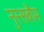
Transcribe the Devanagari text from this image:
नुस्सबौम